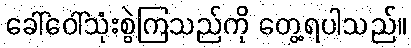
ခေါ်ဝေါ်သုံးစွဲကြသည်ကို တွေ့ရပါသည်။